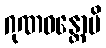
ဂုဏဝန္တောပိ